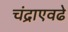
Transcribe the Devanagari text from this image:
चंद्राएवढे